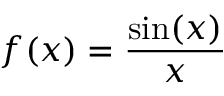
f ( x ) = { \frac { \sin ( x ) } { x } }